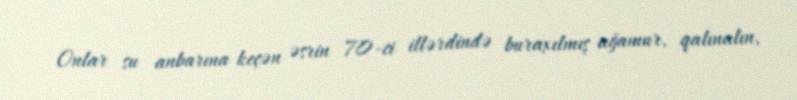
Onlar su anbarına keçən əsrin 70-ci illərdində buraxılmış ağamur, qalınalın,